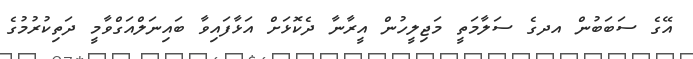
އޭގެ ސަބަބުން އދގެ ސަލާމަތީ މަޖިލީހުން އީރާނާ ދެކޮޅަށް އަޅާފައިވާ ބައިނަލްއަގްވާމީ ދަތިކުރުމުގެ